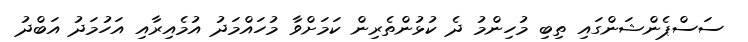
ސަސްޕެންޝަންގައި ތިބި މުހިންމު ދެ ކުޅުންތެރިން ކަމަށްވާ މުހައްމަދު އުމެއިރާއި އަހުމަދު އަބްދު